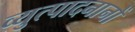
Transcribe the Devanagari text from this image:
व्युत्पादनानों